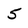
Character: 5